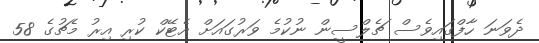
ދެވަނަ ހާފްގައިވެސް ޗެލްސީން ނުކުމެ ވަރުގައަށް އެޓޭކް ކުރި އިރު މެޗުގެ 58